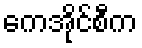
ကေအိုင်စီက